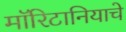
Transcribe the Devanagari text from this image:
मॉरिटानियाचे